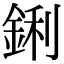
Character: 鋓